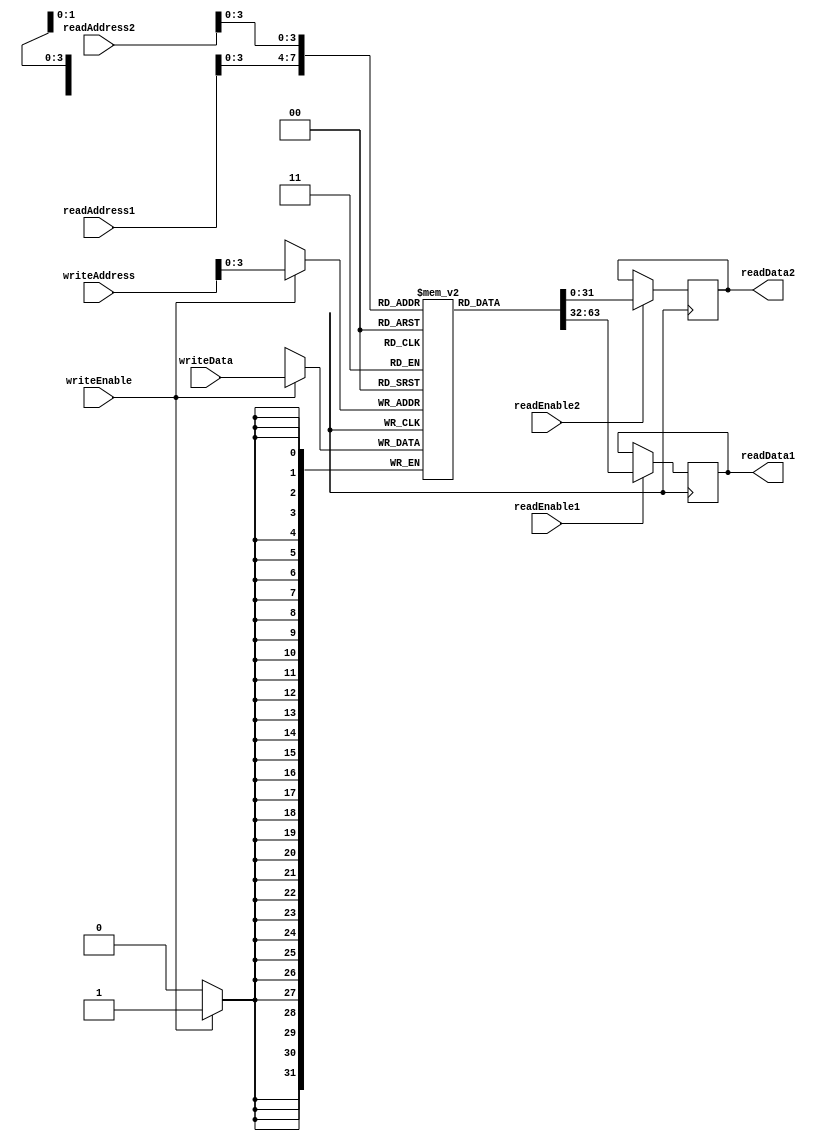
module RegisterFile (
    input wire [31:0] readAddress1,
    input wire [31:0] readAddress2,
    input wire [31:0] writeAddress,
    input wire [31:0] writeData,
    input wire readEnable1,
    input wire readEnable2,
    input wire writeEnable,
    output reg [31:0] readData1,
    output reg [31:0] readData2
);

reg [31:0] registers [15:0];

always @ (posedge clock) begin
    if (readEnable1)
        readData1 <= registers[readAddress1];
    if (readEnable2)
        readData2 <= registers[readAddress2];
    if (writeEnable)
        registers[writeAddress] <= writeData;
end

endmodule